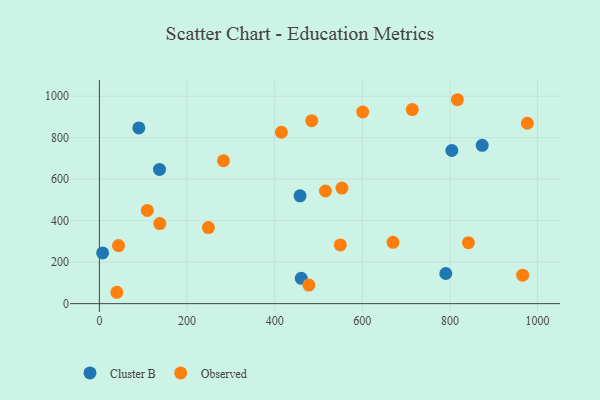
{"axis": {"x": "Experience", "y": "Exam Score"}, "legend": ["Cluster B", "Observed"], "data": [{"x": "457.9", "y": 519.6, "type": "Cluster B"}, {"x": "90.0", "y": 847.1, "type": "Cluster B"}, {"x": "804.3", "y": 738.2, "type": "Cluster B"}, {"x": "137.2", "y": 647.0, "type": "Cluster B"}, {"x": "460.7", "y": 122.0, "type": "Cluster B"}, {"x": "873.6", "y": 763.1, "type": "Cluster B"}, {"x": "790.5", "y": 145.2, "type": "Cluster B"}, {"x": "7.4", "y": 244.4, "type": "Cluster B"}, {"x": "478.0", "y": 89.5, "type": "Observed"}, {"x": "43.6", "y": 280.1, "type": "Observed"}, {"x": "549.8", "y": 282.8, "type": "Observed"}, {"x": "965.9", "y": 137.4, "type": "Observed"}, {"x": "553.6", "y": 557.2, "type": "Observed"}, {"x": "817.0", "y": 982.8, "type": "Observed"}, {"x": "714.0", "y": 935.5, "type": "Observed"}, {"x": "600.9", "y": 923.6, "type": "Observed"}, {"x": "39.8", "y": 54.8, "type": "Observed"}, {"x": "283.2", "y": 688.8, "type": "Observed"}, {"x": "137.9", "y": 385.8, "type": "Observed"}, {"x": "415.3", "y": 826.1, "type": "Observed"}, {"x": "484.6", "y": 882.0, "type": "Observed"}, {"x": "976.7", "y": 869.5, "type": "Observed"}, {"x": "109.4", "y": 449.4, "type": "Observed"}, {"x": "670.1", "y": 295.7, "type": "Observed"}, {"x": "842.2", "y": 293.7, "type": "Observed"}, {"x": "515.9", "y": 542.8, "type": "Observed"}, {"x": "248.8", "y": 366.8, "type": "Observed"}]}